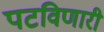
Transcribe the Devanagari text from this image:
पटविणारी